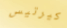
كيرتيس